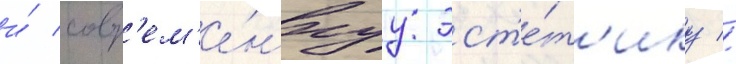
и́ совр'ем'е́ннуу эст'е́т'ику //